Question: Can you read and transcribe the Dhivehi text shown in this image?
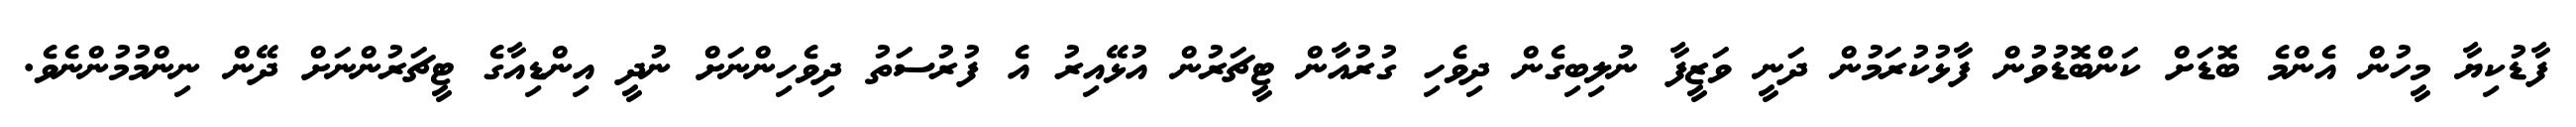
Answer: ފާޑުކިޔާ މީހުން އެންމެ ބޮޑަށް ކަންބޮޑުވުން ފާޅުކުރަމުން ދަނީ ވަޒީފާ ނުލިބިގެން ދިވެހި ގުރުއާން ޓީޗަރުން އުޅޭއިރު އެ ފުރުސަތު ދިވެހިންނަށް ނުދީ އިންޑިއާގެ ޓީޗަރުންނަށް ދޭން ނިންމުމުންނެވެ.